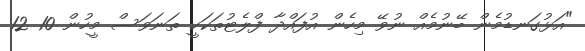
"އަޅުގަނޑުމެން ބޭނުމެއް ނުވޭ މިހެން އުފައްދާ ފްލެޓުތަކަކީ ތަނަވަސް މީހުން 10 12